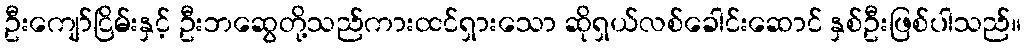
ဦးကျော်ငြိမ်းနှင့် ဦးဘဆွေတို့သည်ကားထင်ရှားသော ဆိုရှယ်လစ်ခေါင်းဆောင် နှစ်ဦးဖြစ်ပါသည်။